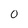
Character: 0